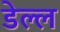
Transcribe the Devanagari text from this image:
डेल्ल